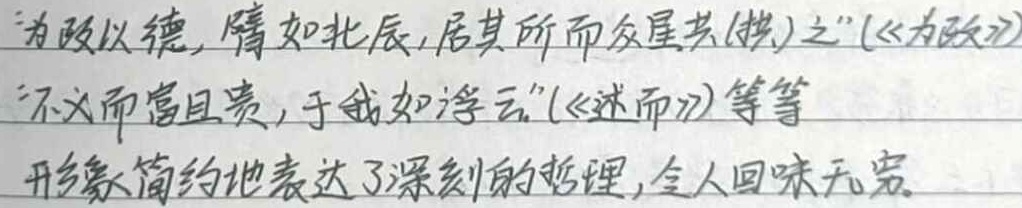
“为政以德，譬如北辰，居其所而众星共（拱）之”（《为政》）“不义而富且贵，于我如浮云”（《述而》）等等形象简约地表达了深刻的哲理，令人回味无穷。